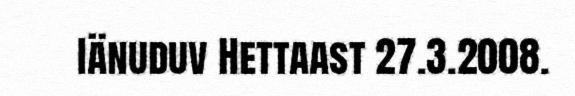
Iänuduv Hettaast 27.3.2008.